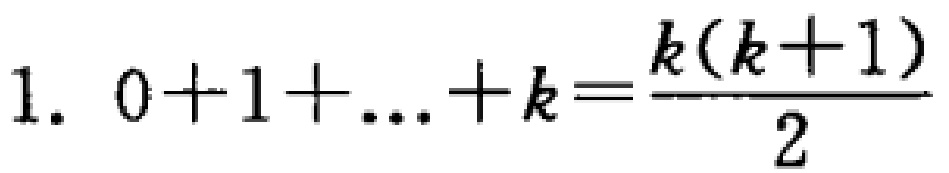
1. \(0 + 1+\ldots + k=\frac{k(k + 1)}{2}\)